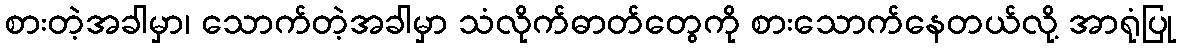
စားတဲ့အခါမှာ၊ သောက်တဲ့အခါမှာ သံလိုက်ဓာတ်တွေကို စားသောက်နေတယ်လို့ အာရုံပြု